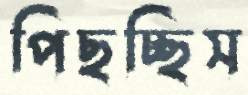
পিছচ্ছিস